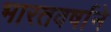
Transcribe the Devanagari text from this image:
भारतवर्षाने